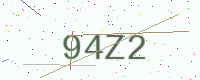
Text: 94Z2